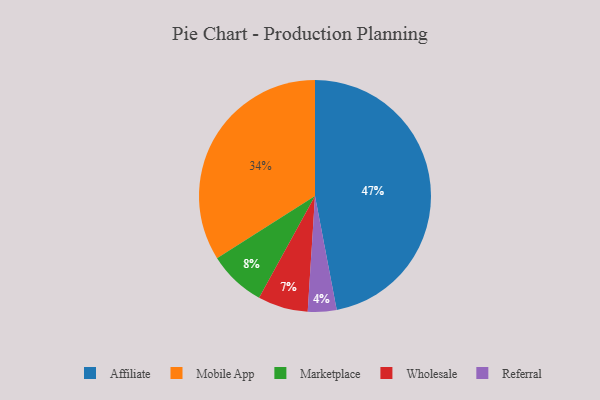
{"axis": {"x": "Category", "y": "Percentage"}, "legend": ["Affiliate", "Marketplace", "Mobile App", "Referral", "Wholesale"], "data": [{"x": "Affiliate", "y": 47, "type": "Affiliate"}, {"x": "Marketplace", "y": 8, "type": "Marketplace"}, {"x": "Referral", "y": 4, "type": "Referral"}, {"x": "Wholesale", "y": 7, "type": "Wholesale"}, {"x": "Mobile App", "y": 34, "type": "Mobile App"}]}